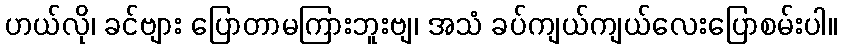
ဟယ်လို၊ ခင်ဗျား ပြောတာမကြားဘူးဗျ၊ အသံ ခပ်ကျယ်ကျယ်လေးပြောစမ်းပါ။